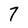
Character: 7